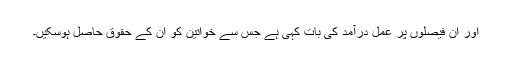
اور اُن فیصلوں پر عمل درآمد کی بات کہی ہے جس سے خواتین کو ان کے حقوق حاصل ہوسکیں۔